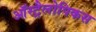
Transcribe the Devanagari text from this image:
ऑस्ट्रैलोपिकस